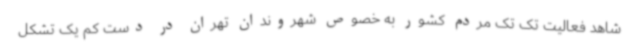
شاهد فعالیت تک تک مردم کشور به خصوص شهروندان تهران در دست کم یک تشکل